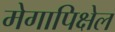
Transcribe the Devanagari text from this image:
मेगापिक्षेल